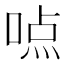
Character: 𰈊